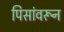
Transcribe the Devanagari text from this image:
पिसांवरून